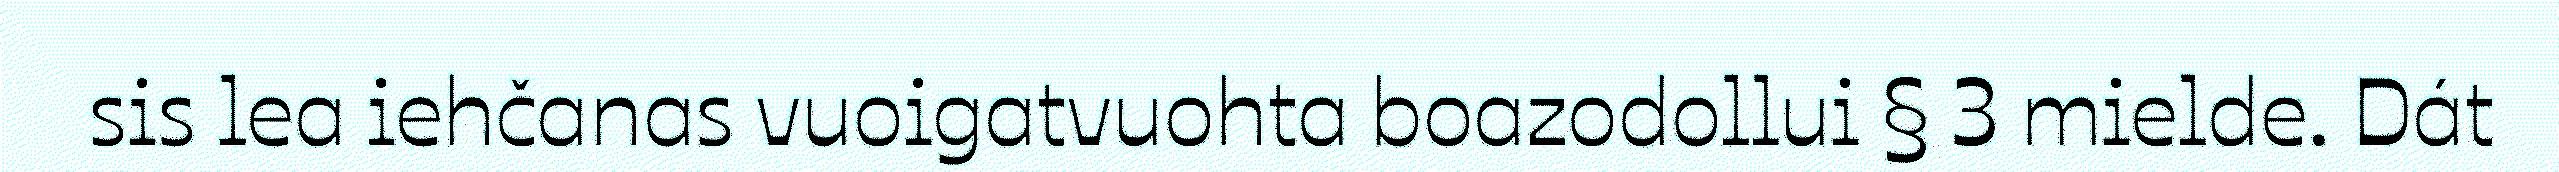
sis lea iehčanas vuoigatvuohta boazodollui § 3 mielde. Dát